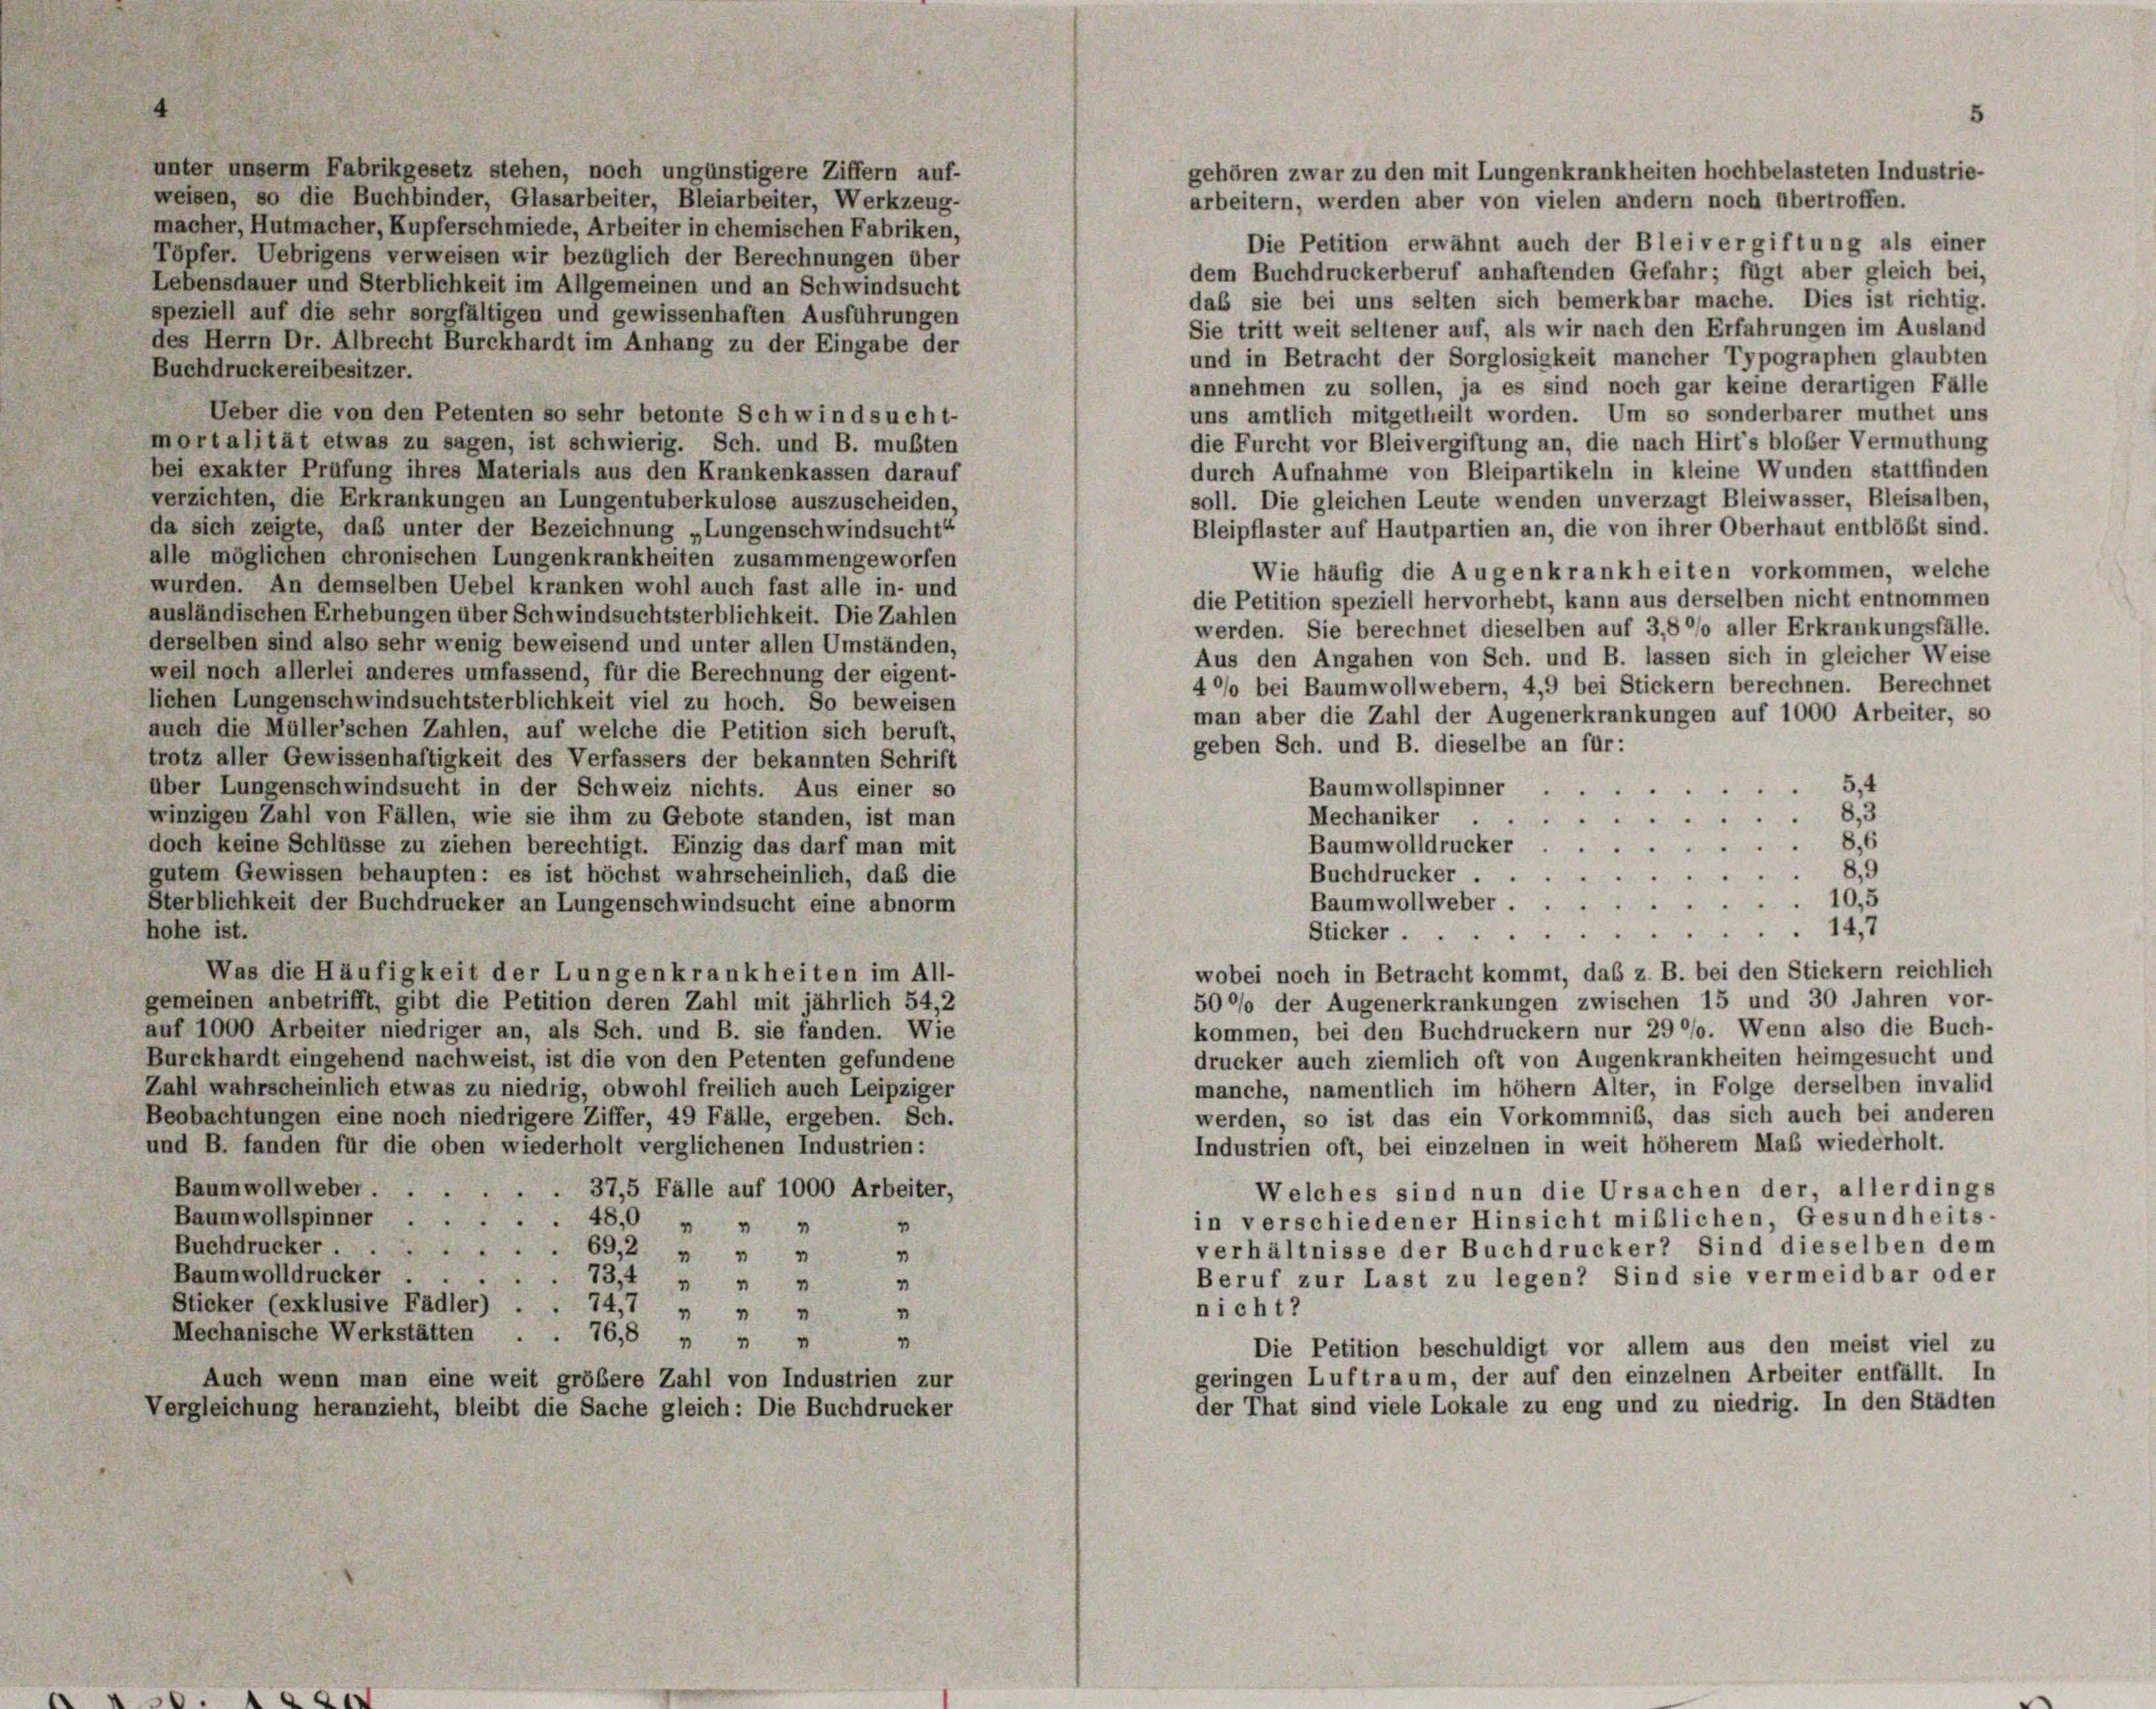
unter unserm Fabrikgesetz stehen, noch ungünstigere Ziffern auf-
gehören zwar zu den mit Lungenkrankheiten hochbelasteten Industrie-
weisen, so die Buchbinder, Glasarbeiter, Bleiarbeiter, Werkzeug-
arbeitern, werden aber von vielen andern noch übertroffen.
macher, Hutmacher, Kupferschmiede, Arbeiter in chemischen Fabriken,
Die Petition erwähnt auch der Bleivergiftung als einer
Töpfer. Uebrigens verweisen wir bezüglich der Berechnungen über
dem Buchdruckerberuf anhaftenden Gefahr; fügt aber gleich bei,
Lebensdauer und Sterblichkeit im Allgemeinen und an Schwindsucht
daß sie bei uns selten sich bemerkbar mache. Dies ist richtig.
speziell auf die sehr sorgfältigen und gewissenhaften Ausführungen
Sie tritt weit seltener auf, als wir nach den Erfahrungen im Ausland
des Herrn Dr. Albrecht Burckhardt im Anhang zu der Eingabe der
und in Betracht der Sorglosigkeit mancher Typographen glaubten
Buchdruckereibesitzer.
annehmen zu sollen, ja es sind noch gar keine derartigen Fälle
Ueber die von den Petenten so sehr betonte Schwindsucht-
uns amtlich mitgetheilt worden. Um so sonderbarer muthet uns
mortalität etwas zu sagen, ist schwierig. Sch. und B. mußten
die Furcht vor Bleivergiftung an, die nach Hirt’s bloßer Vermuthung
bei exakter Prüfung ihres Materials aus den Krankenkassen darauf
durch Aufnahme von Bleipartikeln in kleine Wunden stattfinden
verzichten, die Erkrankungen an Lungentuberkulose auszuscheiden,
soll. Die gleichen Leute wenden unverzagt Bleiwasser, Bleisalben,
da sich zeigte, daß unter der Bezeichnung „Lungenschwindsucht“
Bleipflaster auf Hautpartien an, die von ihrer Oberhaut entblößt sind.
alle möglichen chronischen Lungenkrankheiten zusammengeworfen
Wie häufig die Augenkrankheiten vorkommen, welche
wurden. An demselben Uebel kranken wohl auch fast alle in- und
die Petition speziell hervorhebt, kann aus derselben nicht entnommen
ausländischen Erhebungen über Schwindsuchtsterblichkeit. Die Zahlen
werden. Sie berechnet dieselben auf 3,8°/o aller Erkrankungsfälle.
derselben sind also sehr wenig beweisend und unter allen Umständen,
Aus den Angaben von Sch. und B. lassen sich in gleicher Weise
weil noch allerlei anderes umfassend, für die Berechnung der eigent-
40% bei Baumwollwebern, 4,9 bei Stickern berechnen. Berechnet
lichen Lungenschwindsuchtsterblichkeit viel zu hoch. So beweisen
man aber die Zahl der Augenerkrankungen auf 1000 Arbeiter, so
auch die Müller’schen Zahlen, auf welche die Petition sich beruft,
geben Sch. und B. dieselbe an für:
trotz aller Gewissenhaftigkeit des Verfassers der bekannten Schrift
5,4
Baumwollspinner
über Lungenschwindsucht in der Schweiz nichts. Aus einer so
4
8,3
winzigen Zahl von Fällen, wie sie ihm zu Gebote standen, ist man
Mechaniker .
2
8.6
Baumwolldrucker
doch keine Schlüsse zu ziehen berechtigt. Einzig das darf man mit
5
8.9
gutem Gewissen behaupten: es ist höchst wahrscheinlich, daß die
Buchdrucker . .
A
Baumwollweber 10,5
Sterblichkeit der Buchdrucker an Lungenschwindsucht eine abnorm
hohe ist.
147
Sticker.
z
wobei noch in Betracht kommt, das z. B. bei den Stickern reichlich
Was die Häufigkeit der Lungenkrankheiten im All-
500% der Augenerkrankungen zwischen 15 und 30 Jahren vor-
gemeinen anbetrifft, gibt die Petition deren Zahl mit jährlich 54,2
kommen, bei den Buchdruckern nur 29 °/o. Wenn also die Buch-
auf 1000 Arbeiter niedriger an, als Sch. und B. sie fanden. Wie
drucker auch ziemlich oft von Augenkrankheiten heimgesucht und
Burckhardt eingehend nachweist, ist die von den Petenten gefundene
manche, namentlich im höhem Alter, in Folge derselben invalid
Zahl wahrscheinlich etwas zu niedrig, obwohl freilich auch Leipziger
werden, so ist das ein Vorkommnis, das sich auch bei anderen
Beobachtungen eine noch niedrigere Ziffer, 49 Fälle, ergeben. Sch.
Industrien oft, bei einzelnen in weit höherem Maß wiederholt.
und B. fanden für die oben wiederholt verglichenen Industrien:
Baumwollweber
. 37,5 Fälle auf 1000 Arbeiter,
Welches sind nun die Ursachen der, allerdings
in verschiedener Hinsicht mißlichen, Gesundheits-
Baumwollspinner.48,0 „ „ „
“
Buchdrucker.
verhältnisse der Buchdrucker Sind dieselben dem
69,2 " " "
4
Baumwolldrucker
Beruf zur Last zu legen? Sind sie vermeidbar oder
734 " " "
Sticker (exklusive Fädler)
nicht?
747 " " "
Mechanische Werkstätten .
76,8 „ „ „
1
Die Petition beschuldigt vor allem aus den meist viel zu
geringen Luftraum, der auf den einzelnen Arbeiter entfällt. In
Auch wenn man eine weit größere Zahl von Industrien zur
der That sind viele Lokale zu eng und zu niedrig. In den Städten
Vergleichung heranzieht, bleibt die Sache gleich: Die Buchdrucker